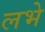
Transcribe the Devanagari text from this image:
लभे